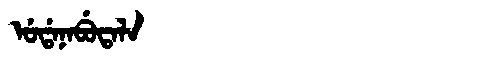
Manchu: ᡠᡩᠠᠨᠠᠪᡠᡨᠠᠯᠠ
Romanization: UDANABUTALA